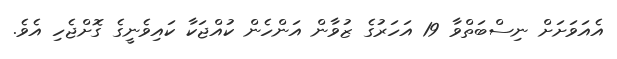
އެއަވަށަށް ނިސްބަތްވާ 19 އަހަރުގެ ޒުވާން އަންހެން ކުއްޖަކާ ކައިވެނީގެ ގޮށްޖެހި އެވެ.